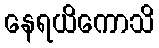
နေရယိကောသိ